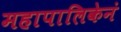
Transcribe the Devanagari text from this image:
महापालिकेनं